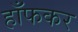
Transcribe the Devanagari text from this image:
हाँफकर